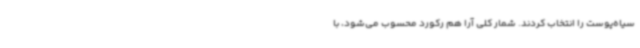
سیاه‌پوست را انتخاب کردند. شمار کلی آرا هم رکورد محسوب می‌شود، با